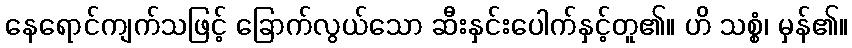
နေရောင်ကျက်သဖြင့် ခြောက်လွယ်သော ဆီးနှင်းပေါက်နှင့်တူ၏။ ဟိ သစ္စံ၊ မှန်၏။